Civil Veterinary Department Bengal reports 1933-51 - 1933-1951
Year: 1933
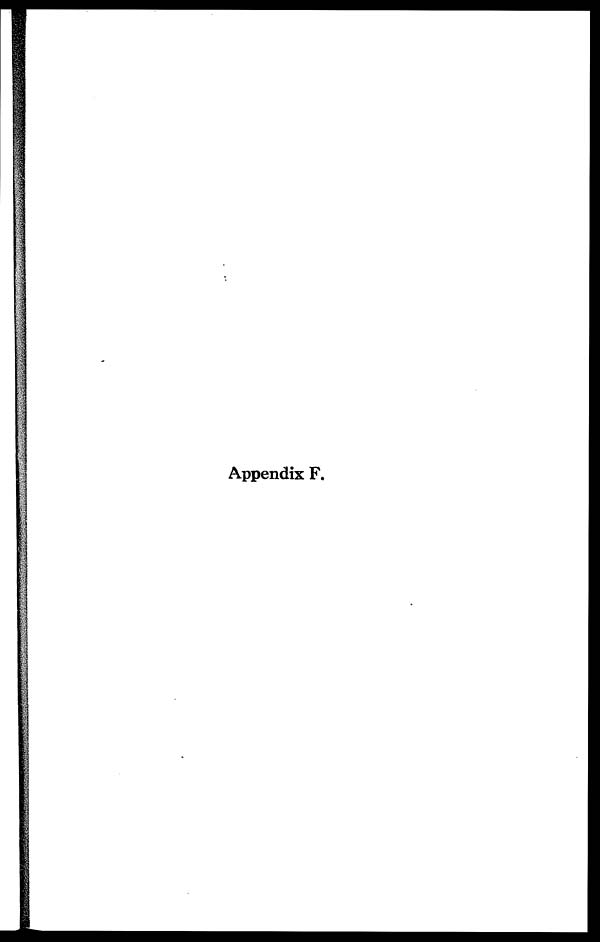
Appendix F.